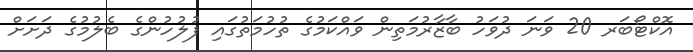
އޮކްޓޯބަރ 20 ވަނަ ދުވަހު ބާޒާރުމަތިން ވައްކަމުގެ ތުހުމަތުގައި ފުލުހުންގެ ބެލުމުގެ ދަށަށް